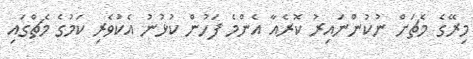
މިރޭގެ މެޗަށް ނުކުންނައިރު ކޮރެއާ އެންމެ ފަހުން ކުޅުނު އެކުވެރި ކަމުގެ މެޗްގައި